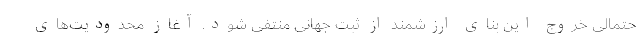
حتمالی خروج این بنای ارزشمند از ثبت جهانی منتفی شود. آغاز محدودیت‌های